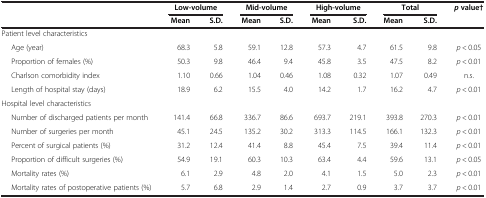
<table><thead><tr><td><b> </b></td><td><b> </b></td><td><b>Low-volume</b></td><td><b> </b></td><td><b>Mid-volume</b></td><td><b> </b></td><td><b>High-volume</b></td><td><b> </b></td><td><b>Total</b></td><td><b><i>p </i>value†</b></td></tr><tr><td><b> </b></td><td><b>Mean</b></td><td><b>S.D.</b></td><td><b>Mean</b></td><td><b>S.D.</b></td><td><b>Mean</b></td><td><b>S.D.</b></td><td><b>Mean</b></td><td><b>S.D.</b></td><td><b> </b></td></tr></thead><tbody><tr><td>Patient level characteristics</td><td> </td><td> </td><td> </td><td> </td><td> </td><td> </td><td> </td><td> </td><td> </td></tr><tr><td>Age (year)</td><td>68.3</td><td>5.8</td><td>59.1</td><td>12.8</td><td>57.3</td><td>4.7</td><td>61.5</td><td>9.8</td><td><i>p</i> &lt; 0.05</td></tr><tr><td>Proportion of females (%)</td><td>50.3</td><td>9.8</td><td>46.4</td><td>9.4</td><td>45.8</td><td>3.5</td><td>47.5</td><td>8.2</td><td><i>p</i> &lt; 0.01</td></tr><tr><td>Charlson comorbidity index</td><td>1.10</td><td>0.66</td><td>1.04</td><td>0.46</td><td>1.08</td><td>0.32</td><td>1.07</td><td>0.49</td><td>n.s.</td></tr><tr><td>Length of hospital stay (days)</td><td>18.9</td><td>6.2</td><td>15.5</td><td>4.0</td><td>14.2</td><td>1.7</td><td>16.2</td><td>4.7</td><td><i>p</i> &lt; 0.01</td></tr><tr><td>Hospital level characteristics</td><td> </td><td> </td><td> </td><td> </td><td> </td><td> </td><td> </td><td> </td><td> </td></tr><tr><td>Number of discharged patients per month</td><td>141.4</td><td>66.8</td><td>336.7</td><td>86.6</td><td>693.7</td><td>219.1</td><td>393.8</td><td>270.3</td><td><i>p</i> &lt; 0.01</td></tr><tr><td>Number of surgeries per month</td><td>45.1</td><td>24.5</td><td>135.2</td><td>30.2</td><td>313.3</td><td>114.5</td><td>166.1</td><td>132.3</td><td><i>p</i> &lt; 0.01</td></tr><tr><td>Percent of surgical patients (%)</td><td>31.2</td><td>12.4</td><td>41.4</td><td>8.8</td><td>45.4</td><td>7.5</td><td>39.4</td><td>11.4</td><td><i>p</i> &lt; 0.01</td></tr><tr><td>Proportion of difficult surgeries (%)</td><td>54.9</td><td>19.1</td><td>60.3</td><td>10.3</td><td>63.4</td><td>4.4</td><td>59.6</td><td>13.1</td><td><i>p</i> &lt; 0.05</td></tr><tr><td>Mortality rates (%)</td><td>6.1</td><td>2.9</td><td>4.8</td><td>2.0</td><td>4.1</td><td>1.5</td><td>5.0</td><td>2.3</td><td><i>p</i> &lt; 0.01</td></tr><tr><td>Mortality rates of postoperative patients (%)</td><td>5.7</td><td>6.8</td><td>2.9</td><td>1.4</td><td>2.7</td><td>0.9</td><td>3.7</td><td>3.7</td><td><i>p</i> &lt; 0.01</td></tr></tbody></table>